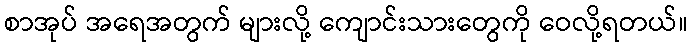
စာအုပ် အရေအတွက် များလို့ ကျောင်းသားတွေကို ဝေလို့ရတယ်။